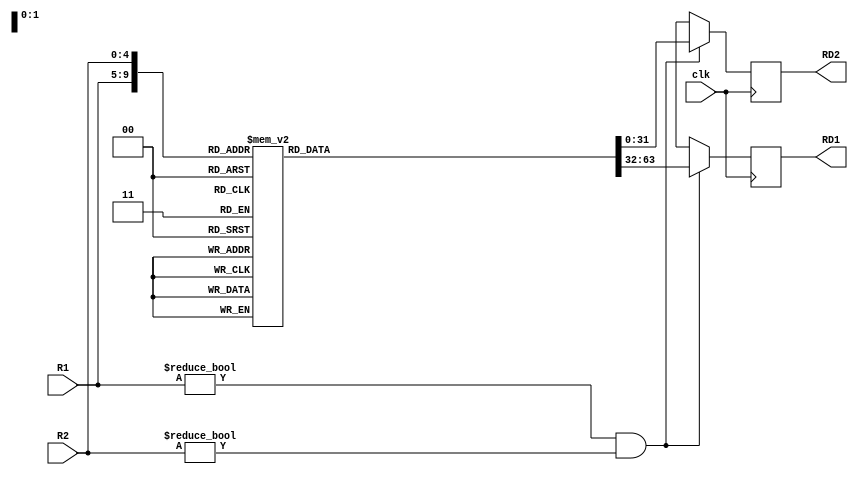
module Registerfile #(parameter Width = 32)(R1, R2, RD1, RD2, clk);
	
	input [4:0] R1;
	input [4:0] R2;
	input clk;
	output [Width-1:0] RD1;
	output [Width-1:0] RD2;
	reg [Width-1:0] Register [Width-1:0];
	reg [Width-1:0] RD1;
	reg [Width-1:0] RD2;
	
	initial
	begin
		Register[0] = 32'd0; //    main function  
		Register[1] = 32'd1;
		Register[2] = 32'd2;
		Register[3] = 32'd3;
		Register[4] = 32'd4;
		Register[5] = 32'd5;
		Register[6] = 32'd6;
		Register[7] = 32'd7;
		Register[8] = 32'd8;
		Register[9] = 32'd9;
		Register[10] = 32'd10;
		Register[11] = 32'd11;
		Register[12] = 32'd12;
		Register[13] = 32'd13;
		Register[14] = 32'd14;
		Register[15] = 32'd15;
		Register[16] = 32'd16;
		Register[17] = 32'd17;
		Register[18] = 32'd18;
		Register[19] = 32'd19;
		Register[20] = 32'd20;
		Register[21] = 32'd21;
		Register[22] = 32'd22;
		Register[23] = 32'd23;
		Register[24] = 32'd24;
		Register[25] = 32'd25;
		Register[26] = 32'd26;
		Register[27] = 32'd27;
		Register[28] = 32'd28;
		Register[29] = 32'd29;
		Register[30] = 32'd30;
		Register[31] = 32'd31;
	end
	
	//assign RD1 = (R1 != 0) ? Register[R1] : 32'dx;
	//assign RD2 = (R2 != 0) ? Register[R2] : 32'dx;
	
	always @(posedge clk)
	begin
		if (R1 != 0 && R2 != 0)
		begin
			RD1 <= Register[R1]; //reg type  
			RD2 <= Register[R2];
		end
		else
		begin
			RD1 <= 32'dx;
			RD2 <= 32'dx;
		end
	end
endmodule